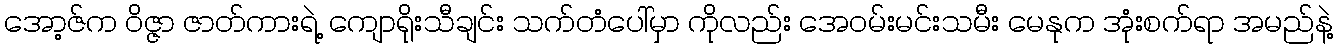
အော့ဇ်က ဝိဇ္ဇာ ဇာတ်ကားရဲ့ ကျောရိုးသီချင်း သက်တံပေါ်မှာ ကိုလည်း အေဝမ်းမင်းသမီး မေနုက အုံးစက်ရာ အမည်နဲ့